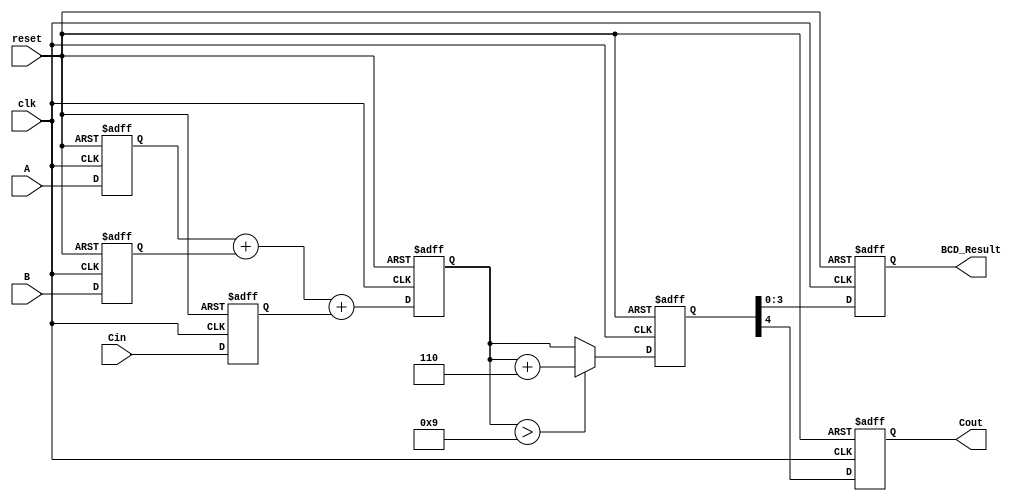
module bcd_pipelined_adder(
    input wire clk,
    input wire reset,
    input wire [3:0] A,
    input wire [3:0] B,
    input wire Cin,
    output reg [3:0] BCD_Result,
    output reg Cout
);

    // Pipeline registers
    reg [3:0] A_reg, B_reg;
    reg Cin_reg;
    reg [4:0] sum_reg, sum_corrected;

    // Correction constant for BCD
    localparam CORRECTION = 5'b00110; // 6 in binary

    // Pipeline stage 1: Input Stage
    always @(posedge clk or posedge reset) begin
        if (reset) begin
            A_reg <= 4'b0000;
            B_reg <= 4'b0000;
            Cin_reg <= 1'b0;
        end else begin
            A_reg <= A;
            B_reg <= B;
            Cin_reg <= Cin;
        end
    end

    // Pipeline stage 2: Adder Stage
    always @(posedge clk or posedge reset) begin
        if (reset) begin
            sum_reg <= 5'b00000;
        end else begin
            sum_reg <= A_reg + B_reg + Cin_reg;
        end
    end

    // Pipeline stage 3: Correction Logic
    always @(posedge clk or posedge reset) begin
        if (reset) begin
            sum_corrected <= 5'b00000;
        end else begin
            if (sum_reg > 5'b01001) begin // Check if sum > 9
                sum_corrected <= sum_reg + CORRECTION;
            end else begin
                sum_corrected <= sum_reg;
            end
        end
    end

    // Pipeline stage 4: Output Stage
    always @(posedge clk or posedge reset) begin
        if (reset) begin
            BCD_Result <= 4'b0000;
            Cout <= 1'b0;
        end else begin
            BCD_Result <= sum_corrected[3:0]; // Lower 4 bits for BCD result
            Cout <= sum_corrected[4];         // Carry out signal
        end
    end

endmodule